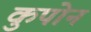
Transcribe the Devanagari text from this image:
कुपोन